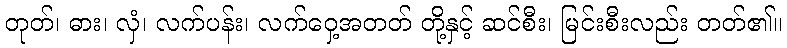
တုတ်၊ ဓား၊ လှံ၊ လက်ပန်း၊ လက်ဝှေ့အတတ် တို့နှင့် ဆင်စီး၊ မြင်းစီးလည်း တတ်၏။